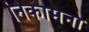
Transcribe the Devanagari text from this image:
निकामना